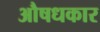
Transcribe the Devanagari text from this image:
औषधकार